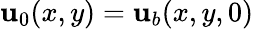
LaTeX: \mathbf{u}_{0}(x,y)=\mathbf{u}_{b}(x,y,0)